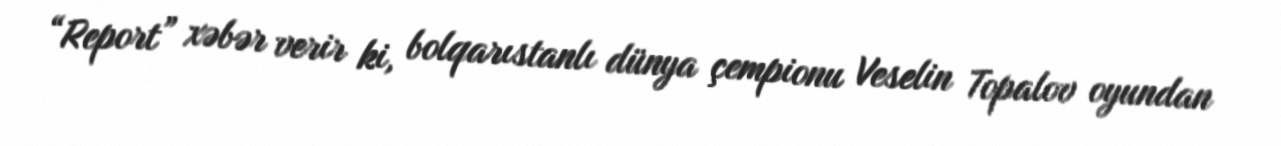
“Report” xəbər verir ki, bolqarıstanlı dünya çempionu Veselin Topalov oyundan